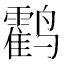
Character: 𬸰